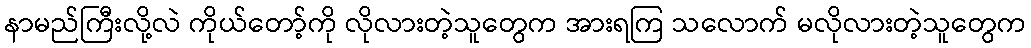
နာမည်ကြီးလို့လဲ ကိုယ်တော့်ကို လိုလားတဲ့သူတွေက အားရကြ သလောက် မလိုလားတဲ့သူတွေက